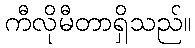
ကီလိုမီတာရှိသည်။